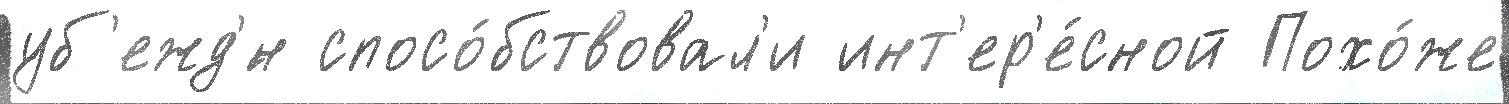
уб'ежд'́н спосо́бствовал'и инт'ер'е́сной Похо́же